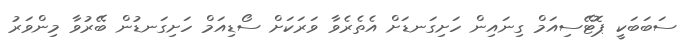
ސަބަބަކީ ޕޮޓޭސިއަމް ގިނައިން ހަށިގަނޑަށް އެތެރެވާ ވަރަކަށް ސޯޑިއަމް ހަށިގަނޑުން ބޭރުވާ މިންވަރު